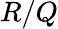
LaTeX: R/Q